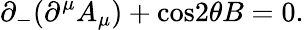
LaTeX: {\partial}_{-}({\partial}^{\mu}A_{\mu})+\mathrm{cos}2{\theta}B=0.